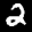
Label: 2